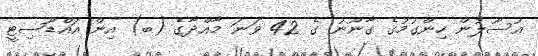
އުސޫލުން ހިންގުމުގެ ގާނޫނު ގެ 42 ވަނަ މާއްދާގެ (ބ) އިން އައްޑޫސިޓީ